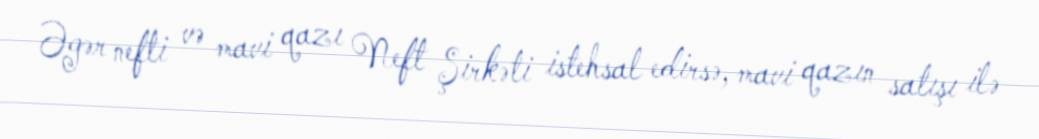
Əgər nefti və mavi qazı Neft Şirkəti istehsal edirsə, mavi qazın satışı ilə